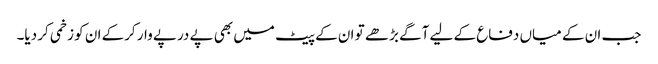
جب ان کے میاں دفاع کے لیے آگے بڑھے تو ان کے پیٹ میں بھی پے درپے وار کرکے ان کو زخمی کر دیا۔